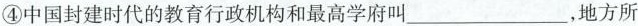
④中国封建时代的教育行政机构和最高学府叫____，地方所